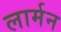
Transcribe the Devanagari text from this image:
लार्मन